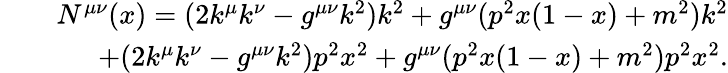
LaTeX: \begin{array}{rlr}&{}&{N^{\mu\nu}(x)=(2k^{\mu}k^{\nu}-g^{\mu\nu}k^{2})k^{2}+g^{\mu\nu}(p^{2}x(1-x)+m^{2})k^{2}}\\ &{}&{+(2k^{\mu}k^{\nu}-g^{\mu\nu}k^{2})p^{2}x^{2}+g^{\mu\nu}(p^{2}x(1-x)+m^{2})p^{2}x^{2}.}\end{array}